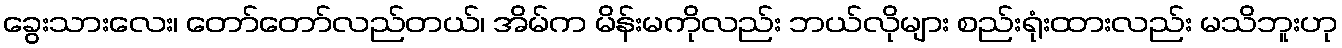
ခွေးသားလေး၊ တော်တော်လည်တယ်၊ အိမ်က မိန်းမကိုလည်း ဘယ်လိုများ စည်းရုံးထားလည်း မသိဘူးဟု